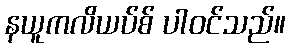
နယူကလိယပ်စ် ပါဝင်သည်။